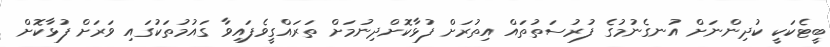
ބީޓެކަކީ ކުދިންނަށް އުނގެނުމުގެ ފުރުސަތުތައް އިތުރަށް ފުޅާކޮށްދިނުމަށް ތަރައްގީވެފައިވާ ގައުމުތަކުގައި ވަރަށް ފުޅާކޮށް